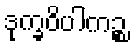
ဒုက္ခဝိပါကဉ္စ